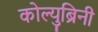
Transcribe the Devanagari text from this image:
कोल्युब्रिनी